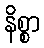
နိစ္စာ